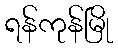
ရန်ကုန်မြို